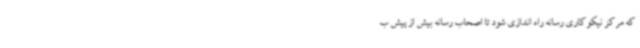
که مرکز نیکوکاری رسانه راه اندازی شود تا اصحاب رسانه بیش از پیش ب